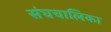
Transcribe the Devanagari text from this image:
संघचालिका